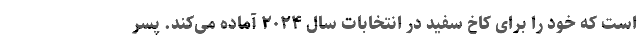
است که خود را برای کاخ سفید در انتخابات سال ۲۰۲۴ آماده می‌کند. پسر